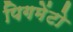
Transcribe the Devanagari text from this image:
पिगमेंटो